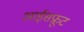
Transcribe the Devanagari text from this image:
आईसफ्रूट